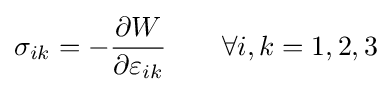
\sigma _{ik}=-{\frac {\partial W}{\partial \varepsilon _{ik}}}\qquad \forall i,k=1,2,3